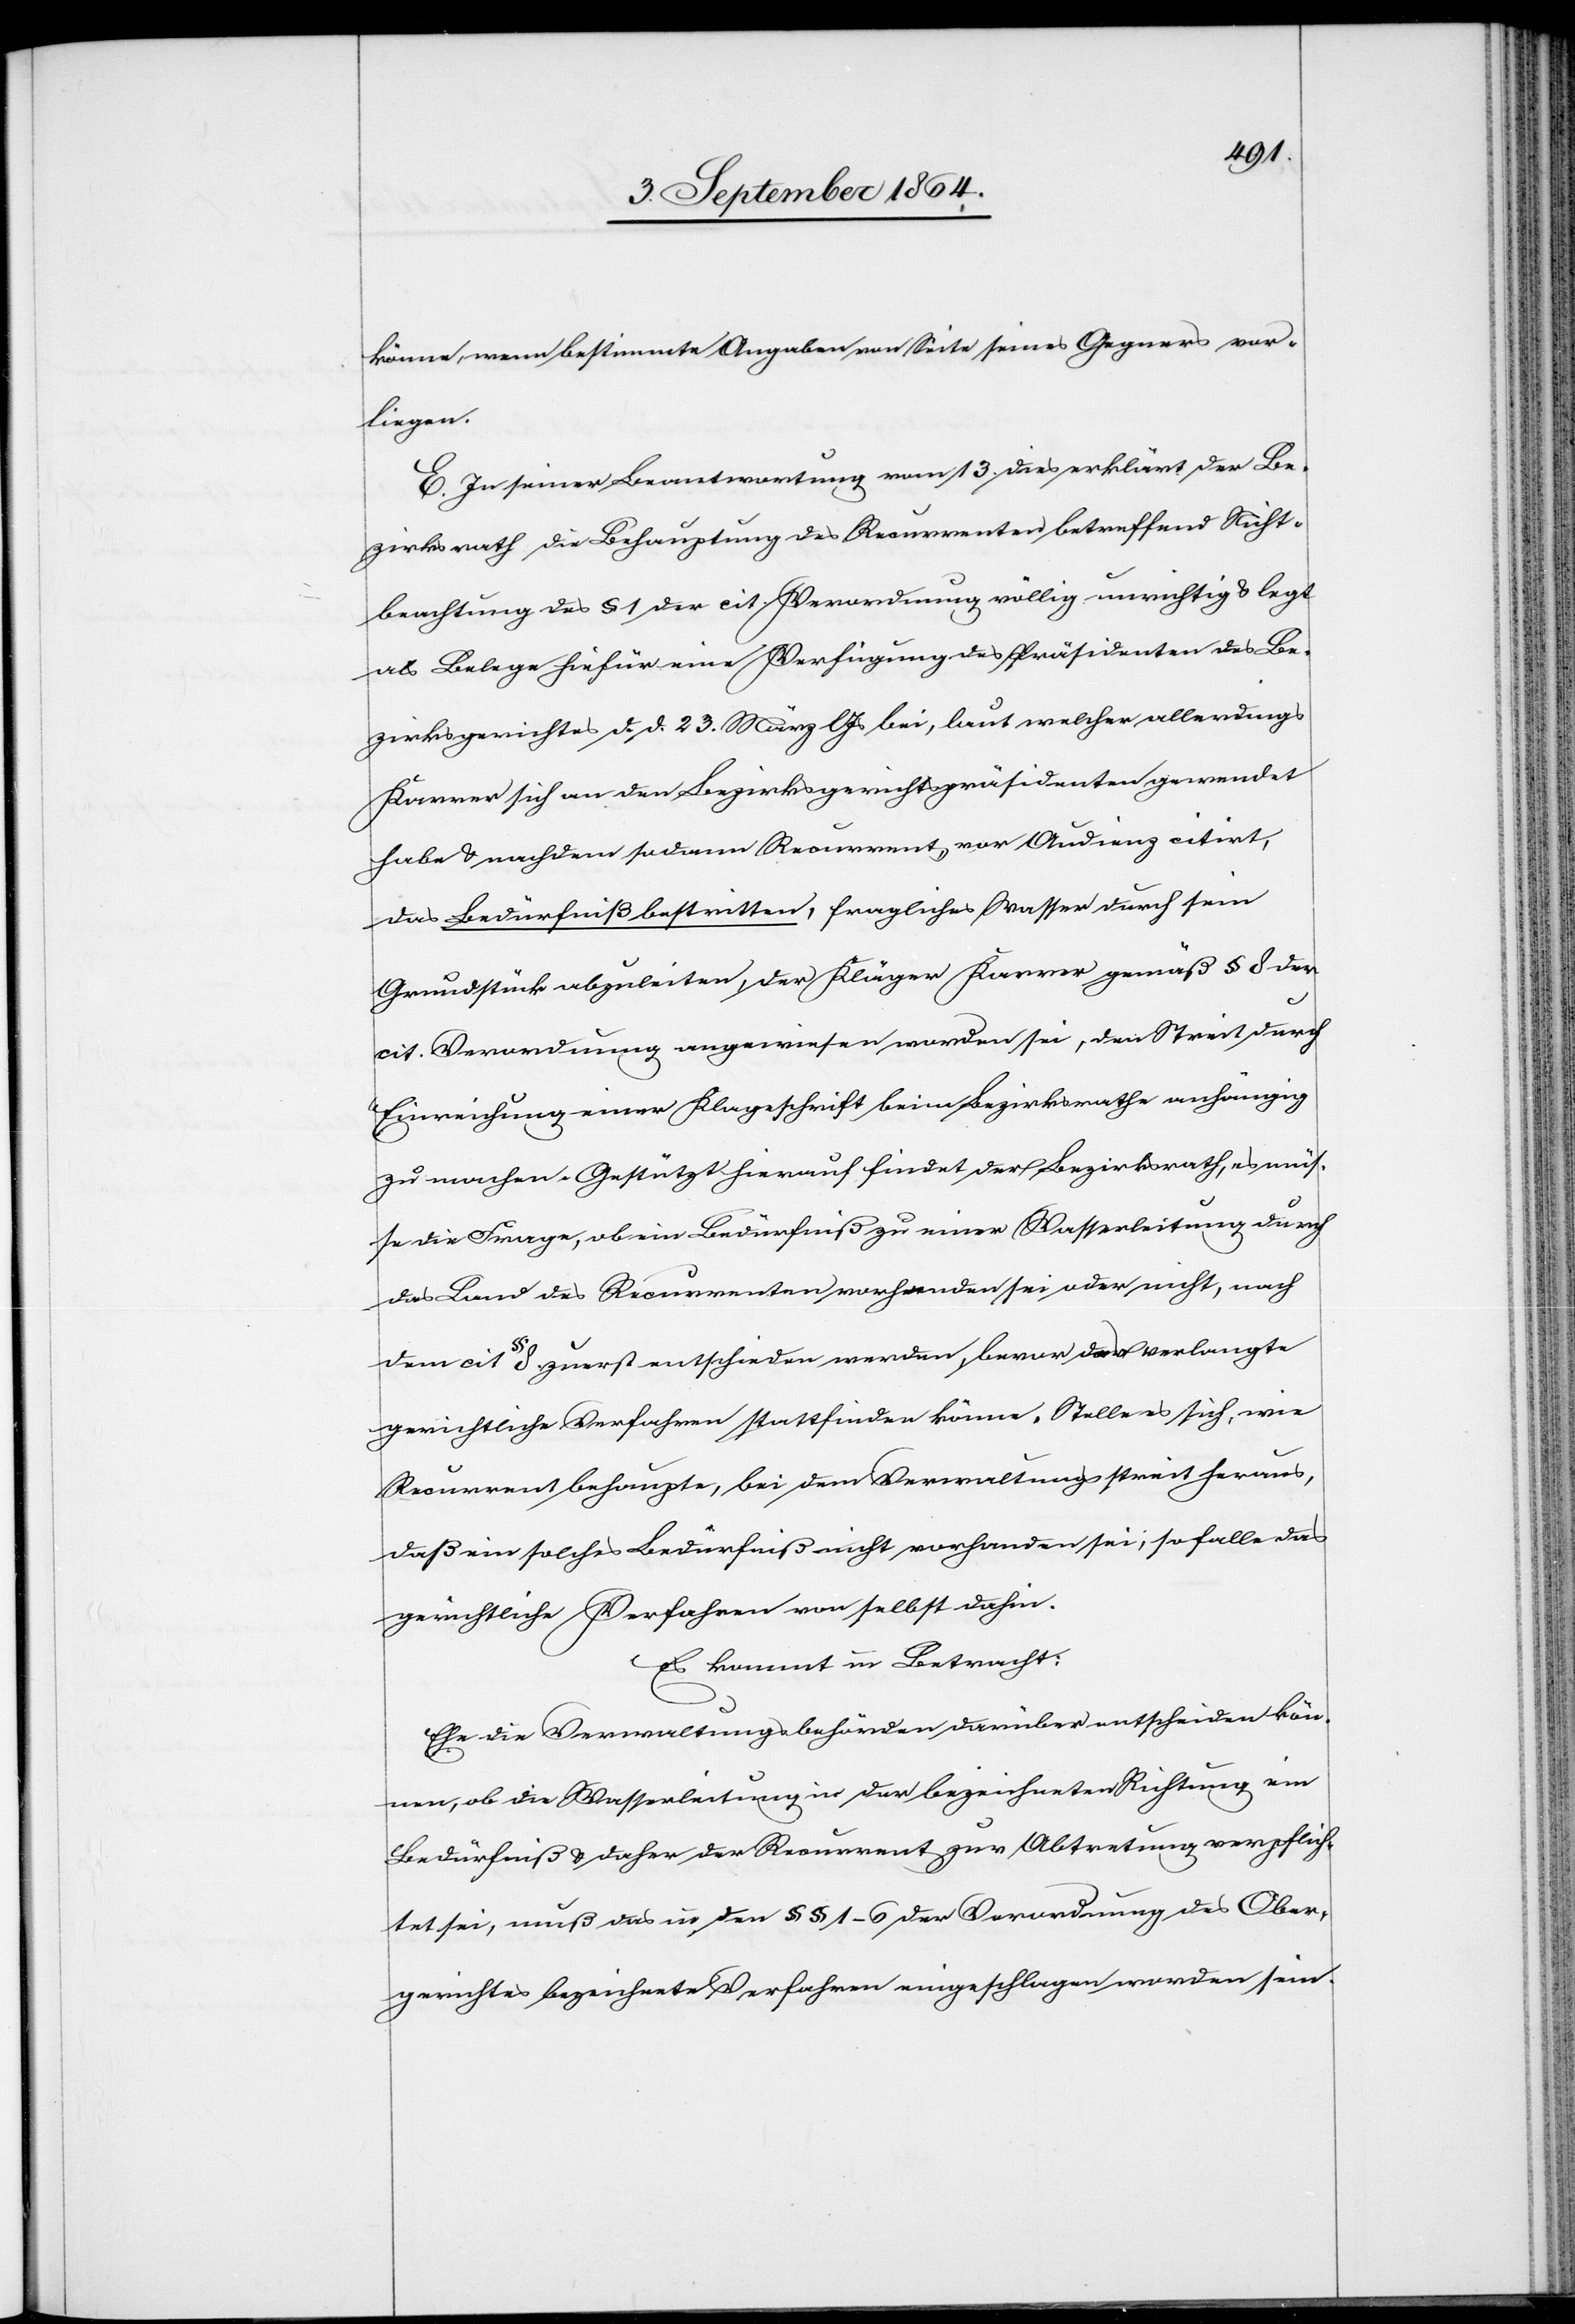
könne, wenn bestimmte Angaben von Seite seines Gegners vor¬
liegen.
E. In seiner Beantwortung vom 13. dies erklärt der Be¬
zirksrath die Behauptung des Recurrenten betreffend Nicht¬
beachtung des § 1 der cit. Verordnung völlig unrichtig & legt
als Belege hiefür eine Verfügung des Präsidenten des Be¬
zirksgerichtes d. d. 23. März l. Js bei, laut welcher allerdings
Karrer sich an den Bezirksgerichtspräsidenten gewendet
habe & nachdem sodann Recurrent, vor Audienz citirt,
das Bedürfniß bestritten, fragliches Wasser durch sein
Grundstück abzuleiten, der Kläger Karrer gemäß § 8 der
cit. Verordnung angewiesen worden sei, den Streit durch
Einreichung einer Klageschrift beim Bezirksrathe anhängig
zu machen. Gestützt hierauf findet der Bezirksrath, es müs¬
se die Frage, ob ein Bedürfniß zu einer Wasserleitung durch
das Land des Recurrenten vorhanden sei oder nicht, nach
dem cit. § 8 zuerst entschieden werden, bevor das verlangte
gerichtliche Verfahren stattfinden könne. Stelle es sich, wie
Recurrent behaupte, bei dem Verwaltungsstreit heraus,
daß ein solches Bedürfnis nicht vorhanden sei, so falle das
gerichtliche Verfahren von selbst dahin.
Es kommt in Betracht:
Ehe die Verwaltungsbehörden darüber entscheiden kön¬
nen, ob die Wasserleitung in der bezeichneten Richtung ein
Bedürfniß & daher der Recurrent zur Abtretung verpflich¬
tet sei, muß das in den §§ 1–6 der Verordnung des Ober¬
gerichtes bezeichnete Verfahren eingeschlagen worden sein.